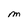
Character: M